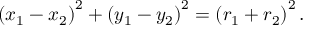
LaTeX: \left( x _ { 1 } - x _ { 2 } \right) ^ { 2 } + \left( y _ { 1 } - y _ { 2 } \right) ^ { 2 } = \left( r _ { 1 } + r _ { 2 } \right) ^ { 2 } .